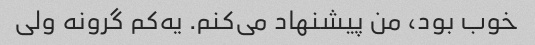
خوب بود، من پیشنهاد می‌کنم. یه‌کم گرونه ولی